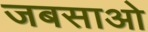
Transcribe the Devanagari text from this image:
जबसाओ